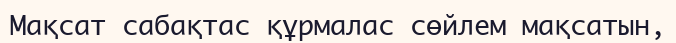
Мақсат сабақтас құрмалас сөйлем мақсатын,